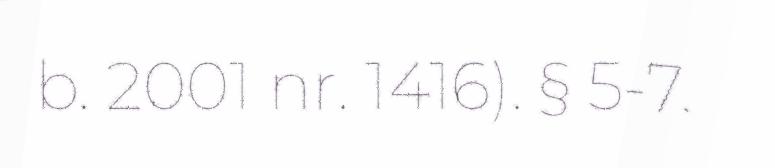
b. 2001 nr. 1416). § 5-7.